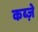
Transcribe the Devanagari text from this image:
कब्‍ज़े